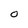
Character: O